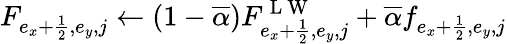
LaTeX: F_{e_{x}+\frac{1}{2},e_{y},j}\gets(1-\overline{{\alpha}})F_{e_{x}+\frac{1}{2},e_{y},j}^{\mathrm{~L~W~}}+\overline{{\alpha}}f_{e_{x}+\frac{1}{2},e_{y},j}